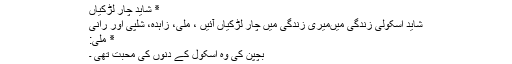
٭ شاید چار لڑکیاں
شاید اسکولی زندگی میںمیری زندگی میں چار لڑکیاں آئیں ، مِلی، زاہدہ، شِلپی اور رانی
٭ مِلی:
بچپن کی وہ اسکول کے دنوں کی محبت تھی ۔